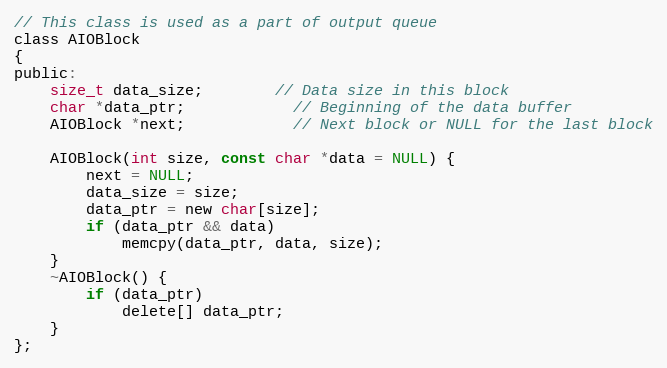
Language: C
// This class is used as a part of output queue
class AIOBlock
{
public:
	size_t data_size;		// Data size in this block
	char *data_ptr;			// Beginning of the data buffer
	AIOBlock *next;			// Next block or NULL for the last block

	AIOBlock(int size, const char *data = NULL) {
		next = NULL;
		data_size = size;
		data_ptr = new char[size];
		if (data_ptr && data)
			memcpy(data_ptr, data, size);
	}
	~AIOBlock() {
		if (data_ptr)
			delete[] data_ptr;
	}
};